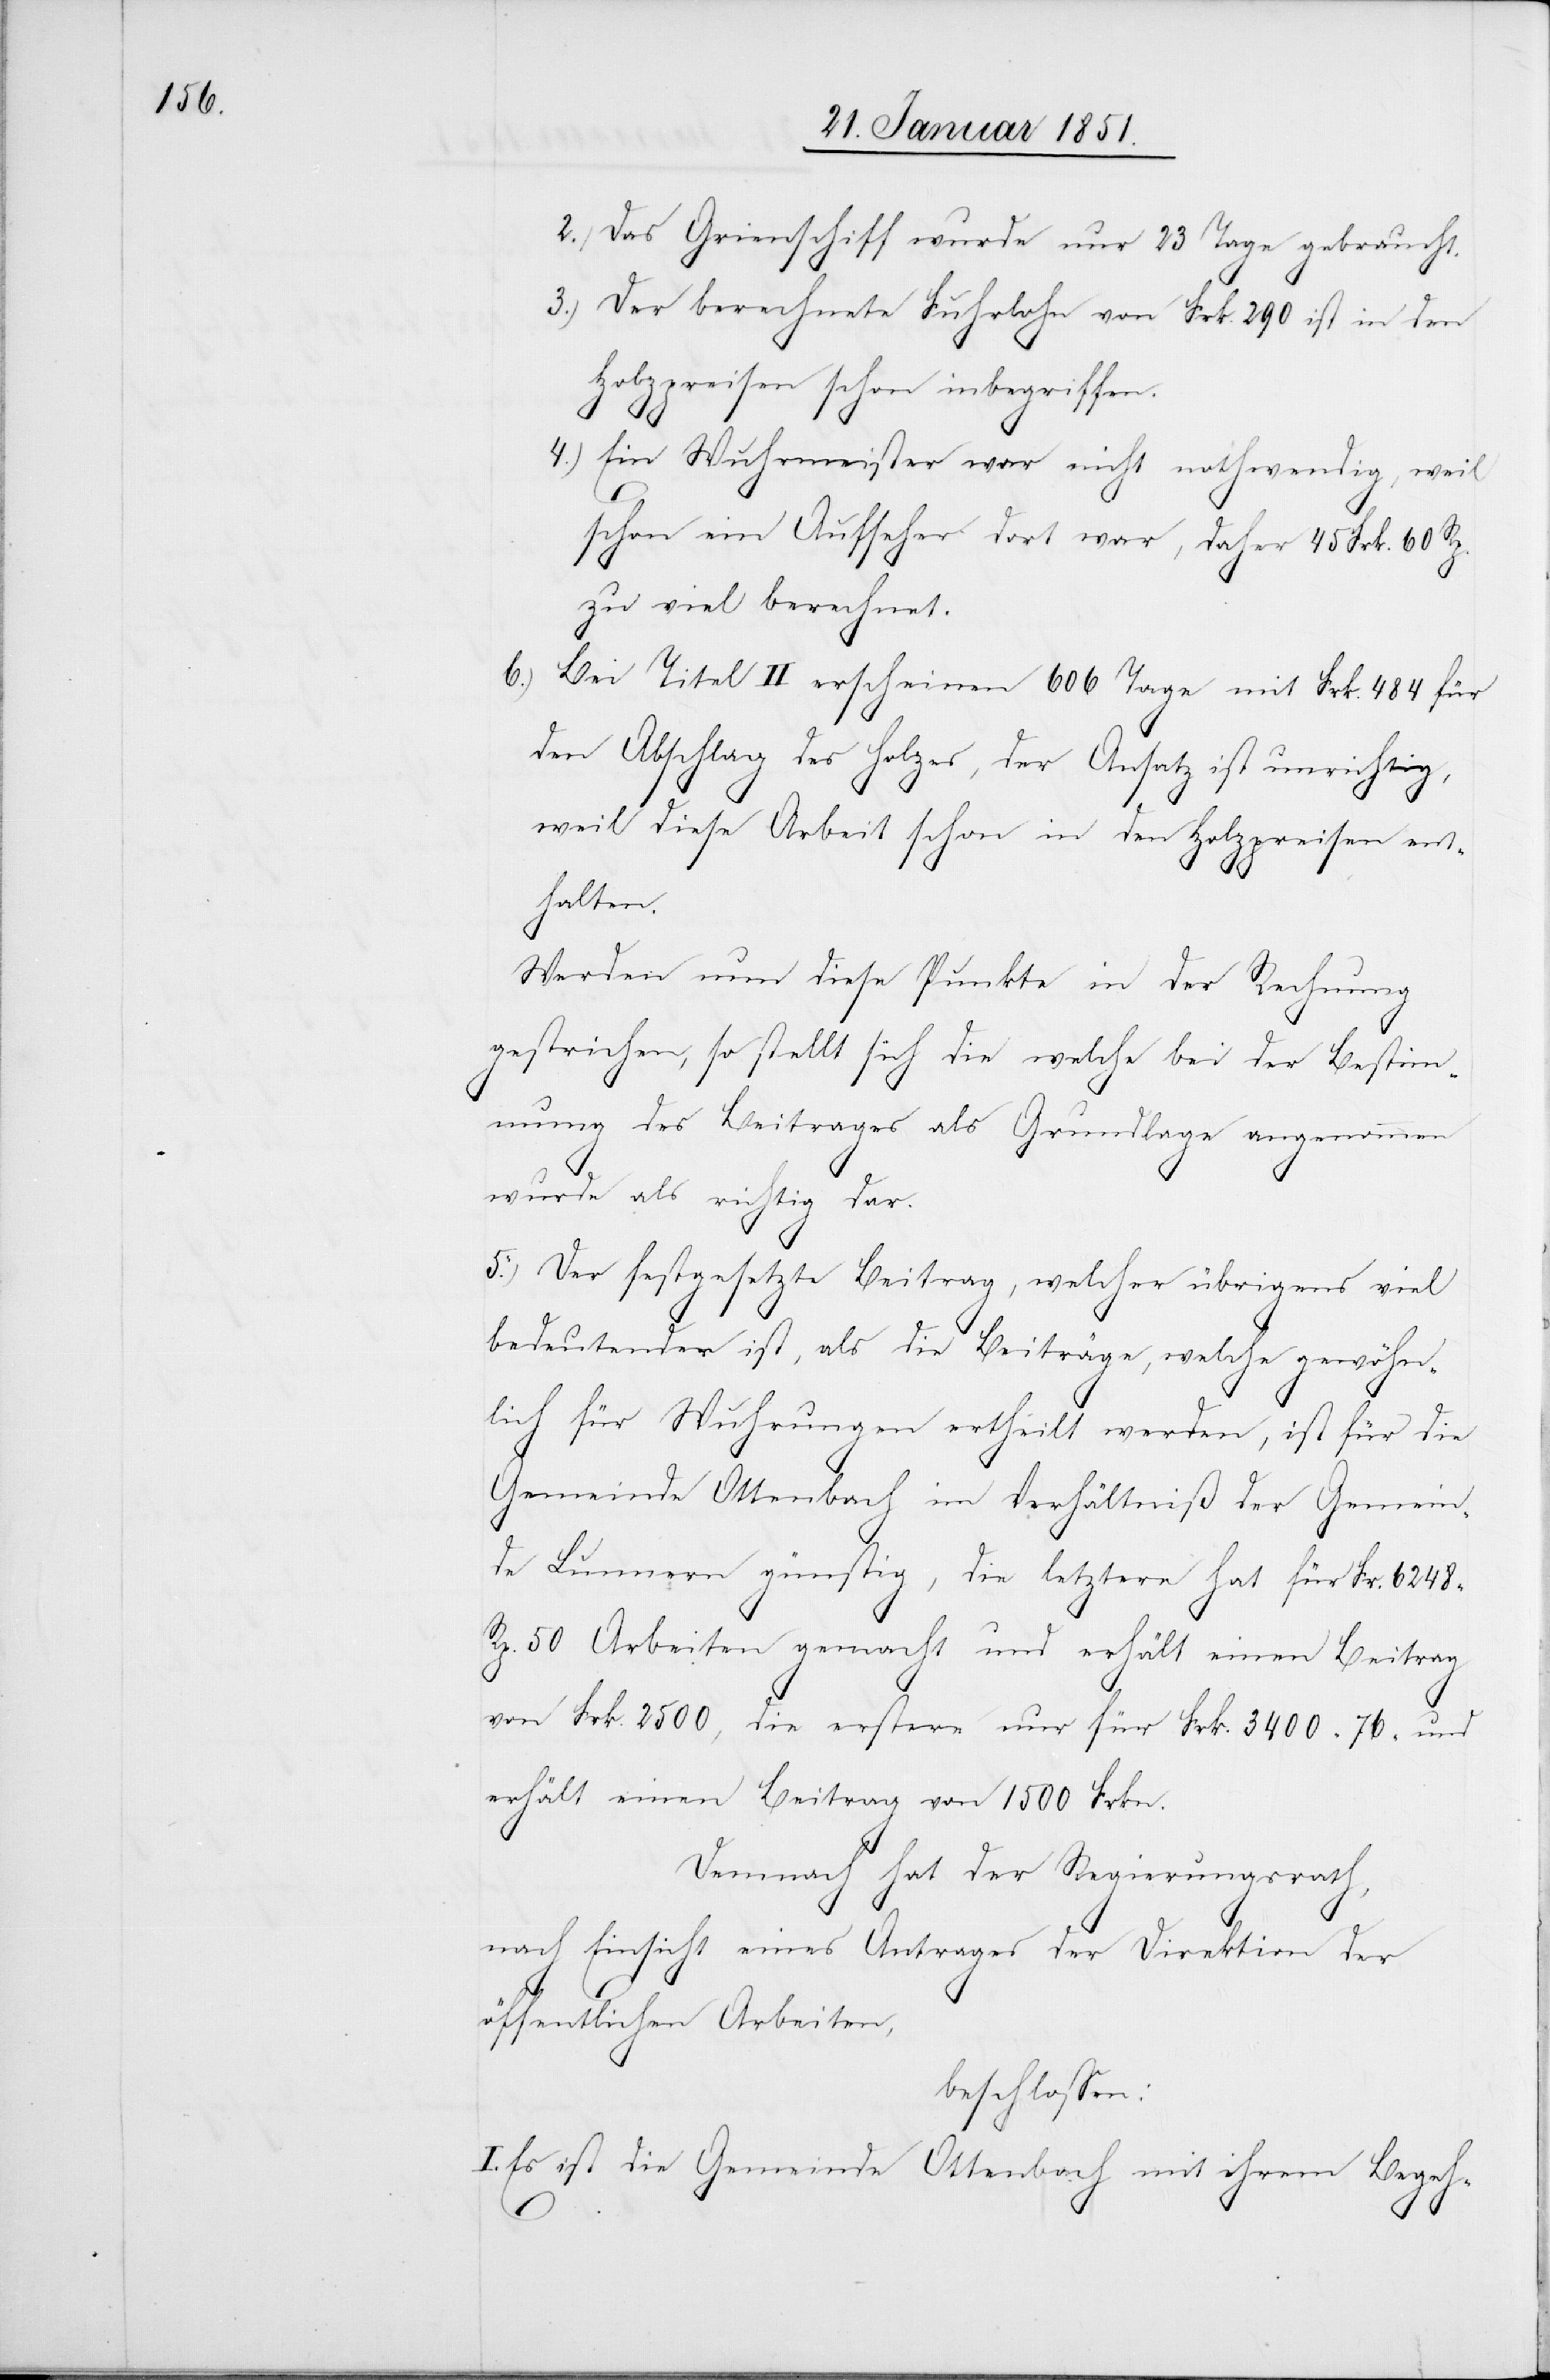
Das Grienschiff wurde nur 23 Tage gebraucht.
Der berechnete Fuhrlohn von Frk. 290 ist in den
Holzpreisen schon inbegriffen.
Ein Wuhrmeister war nicht nothwendig, weil
I.
schon ein Aufseher dort war, daher 45 Frk. 60 Rp.
zu viel berechnet.
Bei Titel II erscheinen 606 Tage mit Frk. 484 für
den Abschlag des Holzes, der Ansatz ist unrichtig,
weil diese Arbeit schon in den Holzpreisen ent¬
halten.
Werden nun diese Punkte in der Rechnung
gestrichen, so stellt sich die welche bei der Bestimm¬
ung des Beitrages als Grundlage angenommen
wurde als richtig dar.
5.) Der festgesetzte Beitrag, welcher übrigens viel
bedeutender ist, als die Beiträge, welche gewöhn¬
lich für Wuhrungen ertheilt werden, ist für die
Gemeinde Ottenbach im Verhältniß der Gemein¬
de Lunnern günstig, die letztere hat für Fr. 6248
Rp. 50 Arbeiten gemacht und erhält einen Beitrag
von Frk. 2500, die erstere nur für Frk. 3400 [Rp.] 76 und
erhält einen Beitrag von 1500 Frkn.
Demnach hat der Regierungsrath,
nach Einsicht eines Antrages der Direktion der
öffentlichen Arbeiten,
beschlossen:
Es ist die Gemeinde Ottenbach mit ihrem Begeh-
4.)